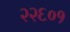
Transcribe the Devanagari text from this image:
२२६०१